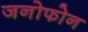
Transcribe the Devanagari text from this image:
जनोफोन